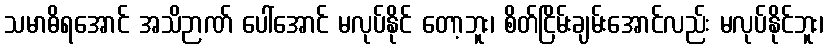
သမာဓိရအောင် အသိဉာဏ် ပေါ်အောင် မလုပ်နိုင် တော့ဘူး၊ စိတ်ငြိမ်းချမ်းအောင်လည်း မလုပ်နိုင်ဘူး၊